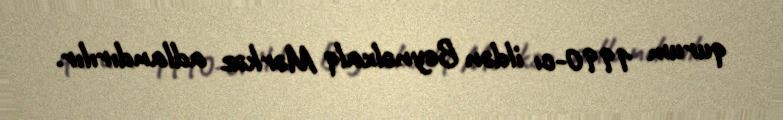
qurum 1990-cı ildən Beynəlxalq Mərkəz adlandırılır.